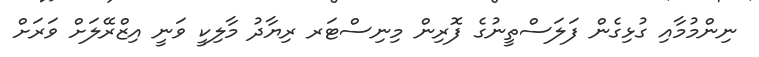
ނިންމުމާއި ގުޅިގެން ފަލަސްތީނުގެ ފޮރިން މިނިސްޓަރ ރިޔާދު މާލިކީ ވަނީ އިޒްރޭލަށް ވަރަށް